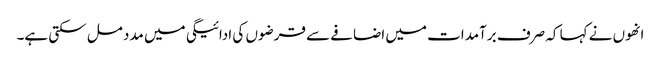
انھوں نے کہا کہ صرف برآمدات میں اضافے سے قرضوں کی ادائیگی میں مدد مل سکتی ہے۔